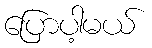
ပြောပါ့မယ်